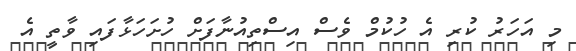
މި އަހަރު ކުރި އެ ހުކުމް ވެސް އިސްތިއުނާފަށް ހުށަހަޅާފައި ވާތީ އެ